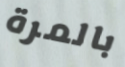
بالمرة